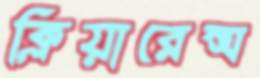
ক্লিয়ারেন্স